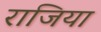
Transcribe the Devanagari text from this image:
राजिया